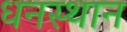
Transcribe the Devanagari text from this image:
धनस्थान